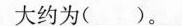
大约为( )。